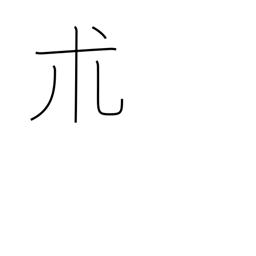
Meaning: a type of herb